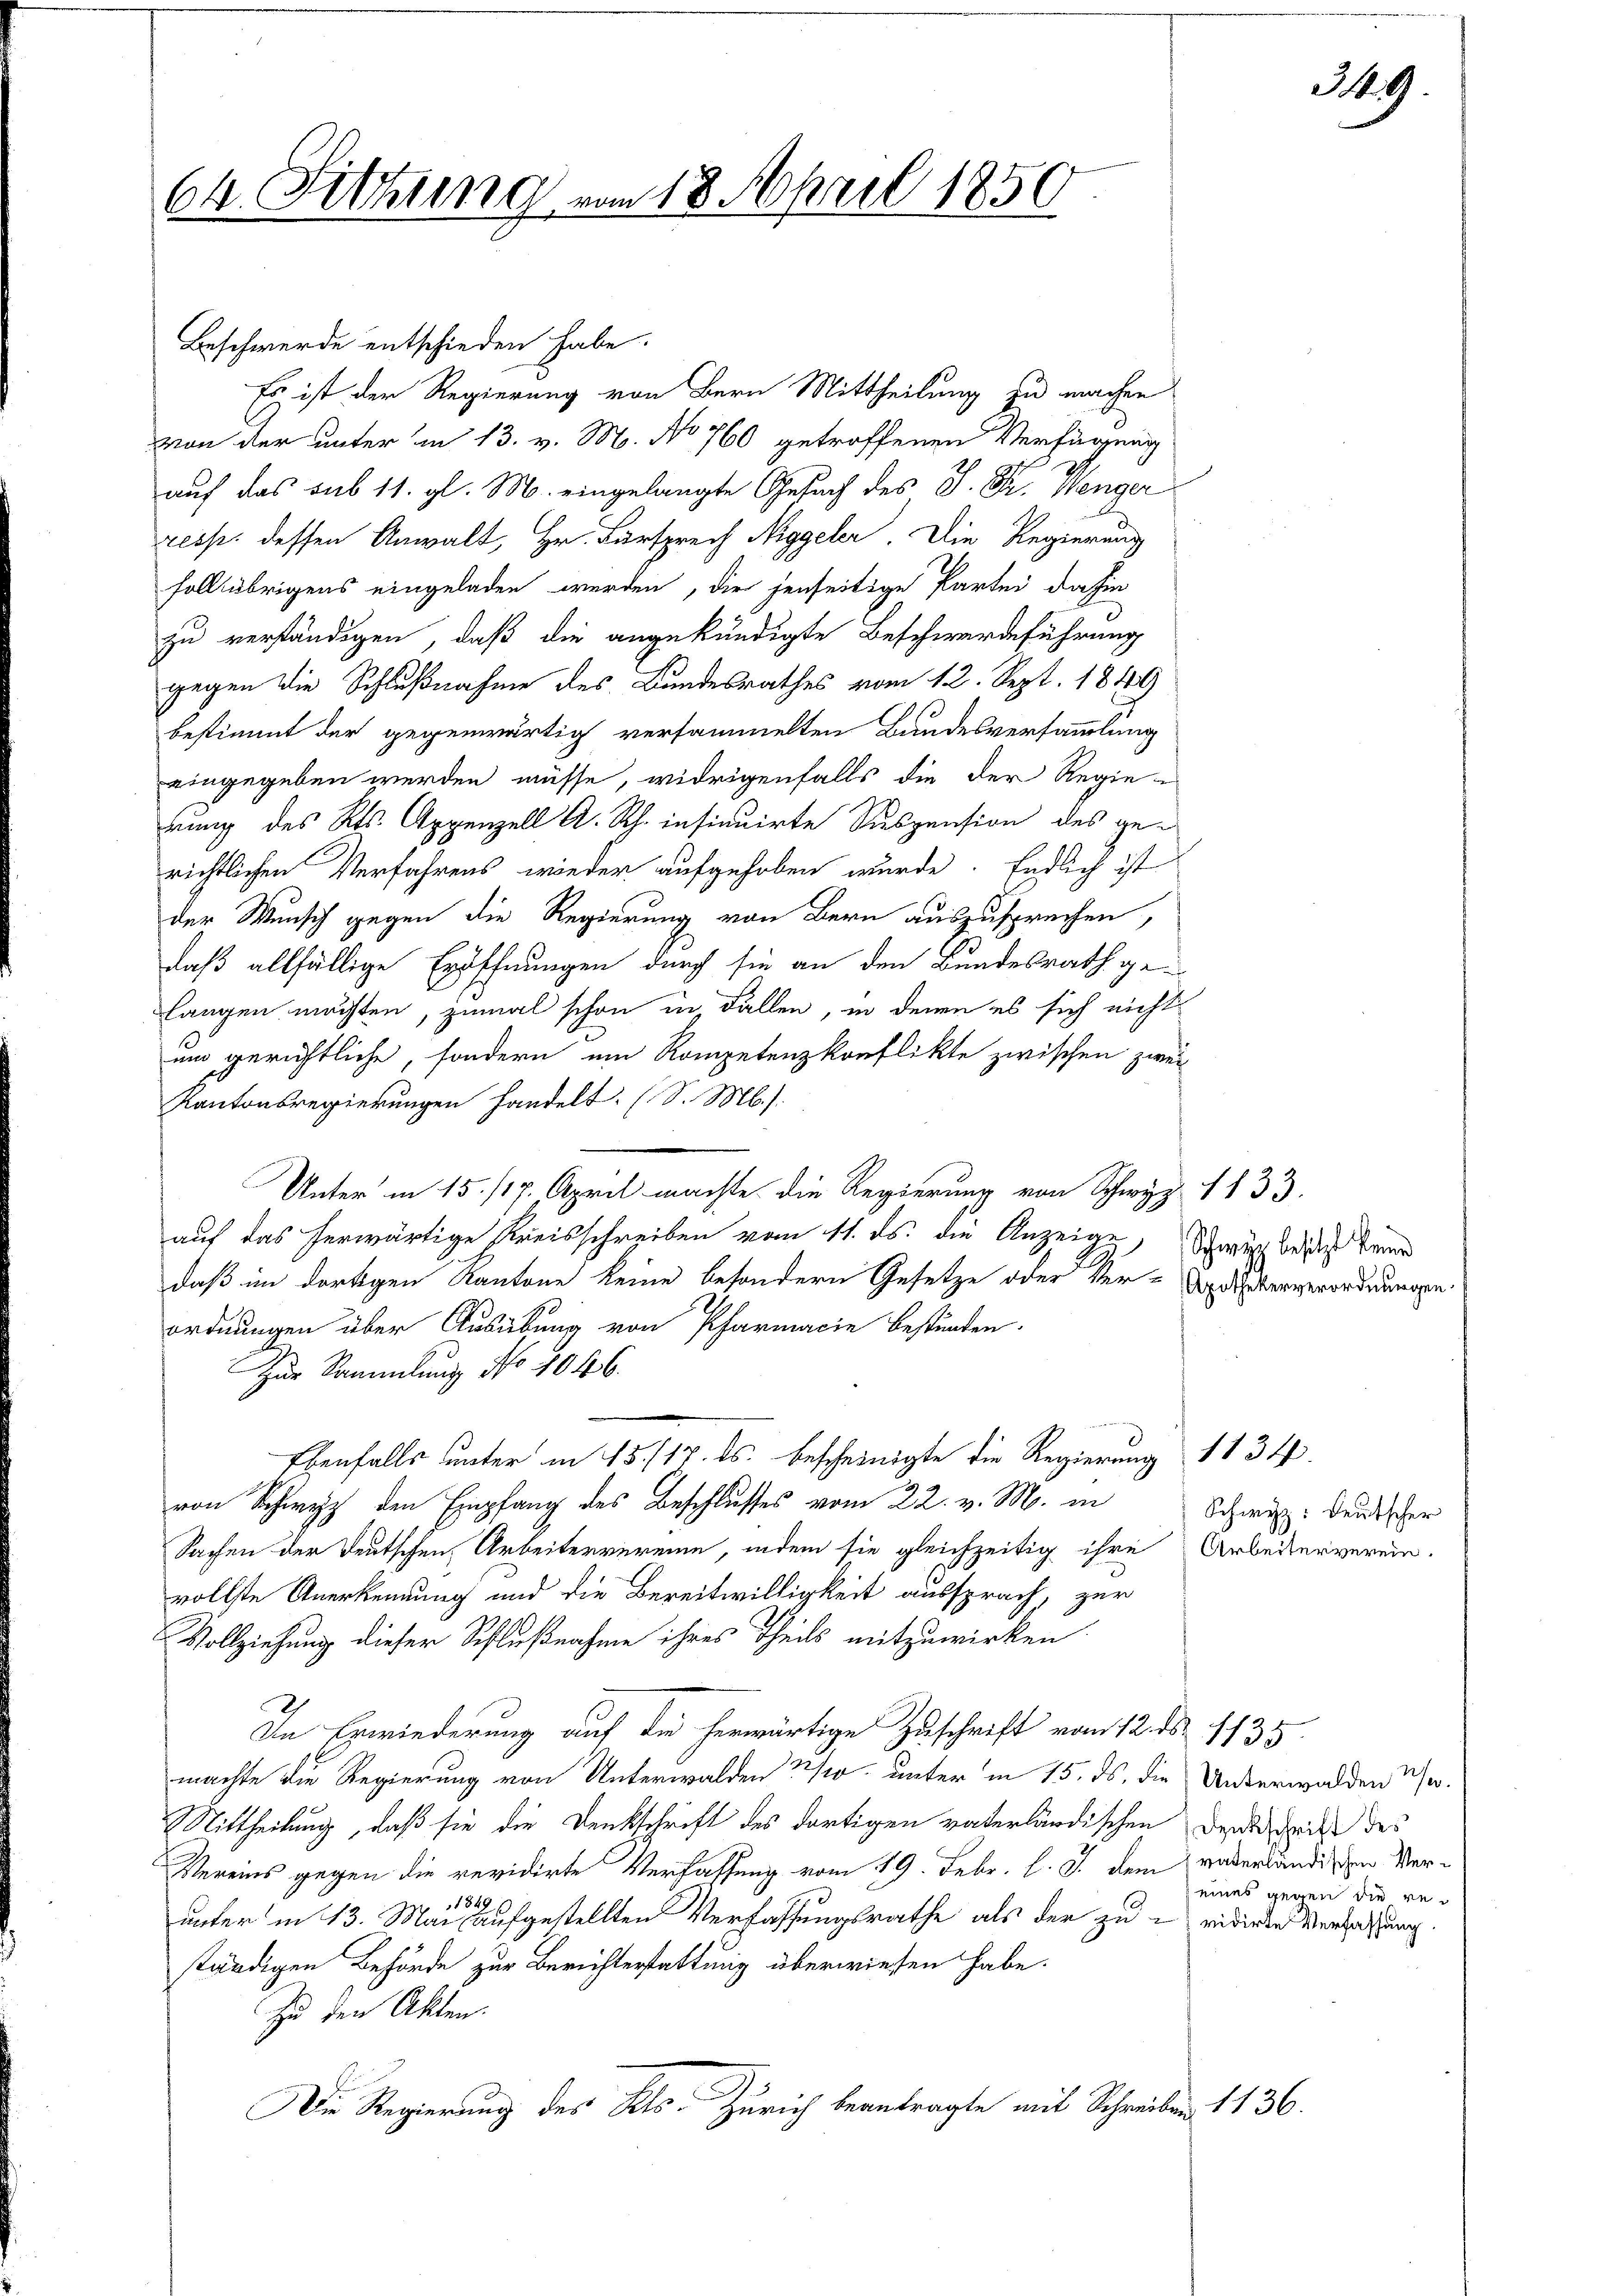
64. Fettung

Beschwerde entschieden habe.
Es ist der Regierung von Bern Mittheilung zu machen
von der unter im 13. v. M. No 760 getroffenen Verfügung
auf das sub 11. gl. M. eingelangte Gesuch des J. Fr. Wenger
resp. dessen Anwalt, Hr. Fürsprech Niggeler. Die Regierung
foll übrigens eingeladen werden, die jenseitige Partei dahin
zu verständigen, daß die angekündigte Beschwerdeführung
gegen die Schlußnahme des Bundesrathes vom 12. Sept. 1849
bestimmt der gegenwärtig versammelten Bandesversammlung
eingegeben werden müsse, widrigenfalls die der Regie-
rung des Kts. Appenzell A. Rh. insinuirte Siespension des gerichtlichen Verfahrens wieder aufgehoben wurde. Endlich ist
der Wunsch gegen die Regierung von Bern auszusprechen,
daß allfällige Eröffnungen durch sie an den Bundesrath ge-
langen möchten, zumal schon in Fällen, in denen es sich nicht
um gerichtliche, sondern um Kompetenzkonflikte zwischen zwei
Kantonsregierungen handelt. (S. M.)
Unter in 15./17. April machte die Regierung von Schwyz 1833.
auf das herwärtige Kreisschreiben vom 11. ds. die Anzeige, Schweiz beides keine
daß im dortigen Kantone keine besondern Gesetze oder Ver-Artikerverordnungen.
ordnungen über Ausübung von Pharmacie bestünden.
Zur Sammlung No 1046.
n 2. Andere
Ebenfalls unter in 15./17. ds. bescheinigte die Regierung 11 34
von Schwyz den Empfang des Beschlusses vom 22. v. M. in
Sachen der Deutschen Arbeitervereine, indem sie gleichzeitig ihre Arbeiterverein-
vollste Anerkennung und die Bereitwilligkeit aussprach, zur
Vollziehung dieser Schlußnahme ihres Theils mitzuwirken
In Erwiederung auf die herwärtige Zuschrift vom 12. ds. 1735.
machte die Regierung von Unterwalden 2 % unter in 15. ds. die Unterwalden u.
Mittheilung, daß sie die Denkschrift des dortigen vaterländischen Denkschrift des
Vereins gegen die revidirte Verfassung vom 19. Febr. l. J. dem wederländigen Verunter in 13. Mai aufgestellten Verfassungsrathe als der zu vidirte Verlassung.
ständigen Behörde zur Berichterstattung überwiesen habe.
Zu den Akten.
Die Regierung des Kts. Zürich beantragte mit Schreiben 1136.

vom 18. April 1850

Schwyz: deutscher

eines gegen die re¬

39